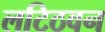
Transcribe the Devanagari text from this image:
लटिठवन